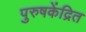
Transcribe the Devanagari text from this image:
पुरुषकेंद्रित